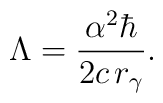
\Lambda=\frac{\alpha^2\hbar}{2c\,r_\gamma}.